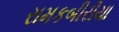
રામકબીરીયા